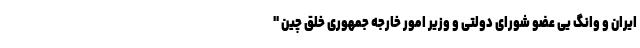
ایران و وانگ یی عضو شورای دولتی و وزیر امور خارجه جمهوری خلق چین "